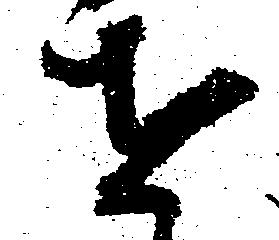
を